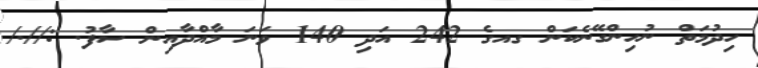
ހިދުމަތް ނުހިންގޭނެކަން ގއގެ 242 އަދި 140 ވަނަ މާއްދާއިން ސާފު. ://./